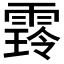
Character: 𮦜